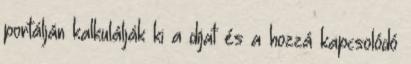
portálján kalkulálják ki a díjat és a hozzá kapcsolódó